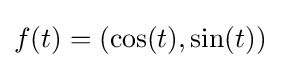
f(t)=(\cos(t),\sin(t))